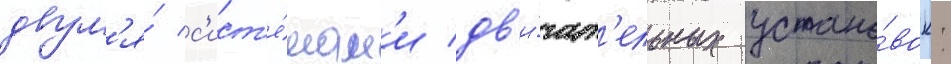
двум'я́ с'ист'е́мам'и дв'и́гат'ельных устано́вок: